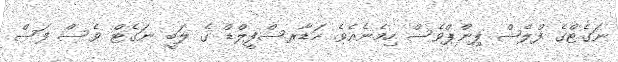
ނަގެޓްގެ ފްލެޝް ޕިންޕްވެސް ހިމެނެއެވެ. ހަޑާރސްފީލްޑް ގެ ލަބީ ނަގެޓް ވެސް ފަސް